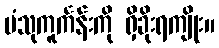
ပံသုကူင်္ကန်းကို ရှိခိုးရကျိုး။